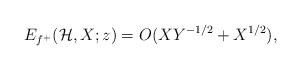
LaTeX: \begin{align*}E_{f^+}(\mathcal{H}, X; z) = O(XY^{-1/2} + X^{1/2} ),\end{align*}